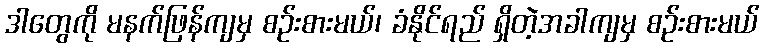
ဒါတွေကို မနက်ဖြန်ကျမှ စဉ်းစားမယ်၊ ခံနိုင်ရည် ရှိတဲ့အခါကျမှ စဉ်းစားမယ်